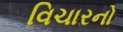
વિચારનો